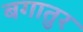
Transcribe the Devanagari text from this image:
बगातुर